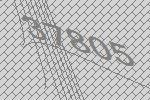
37805